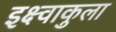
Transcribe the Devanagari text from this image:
इक्ष्वाकुला